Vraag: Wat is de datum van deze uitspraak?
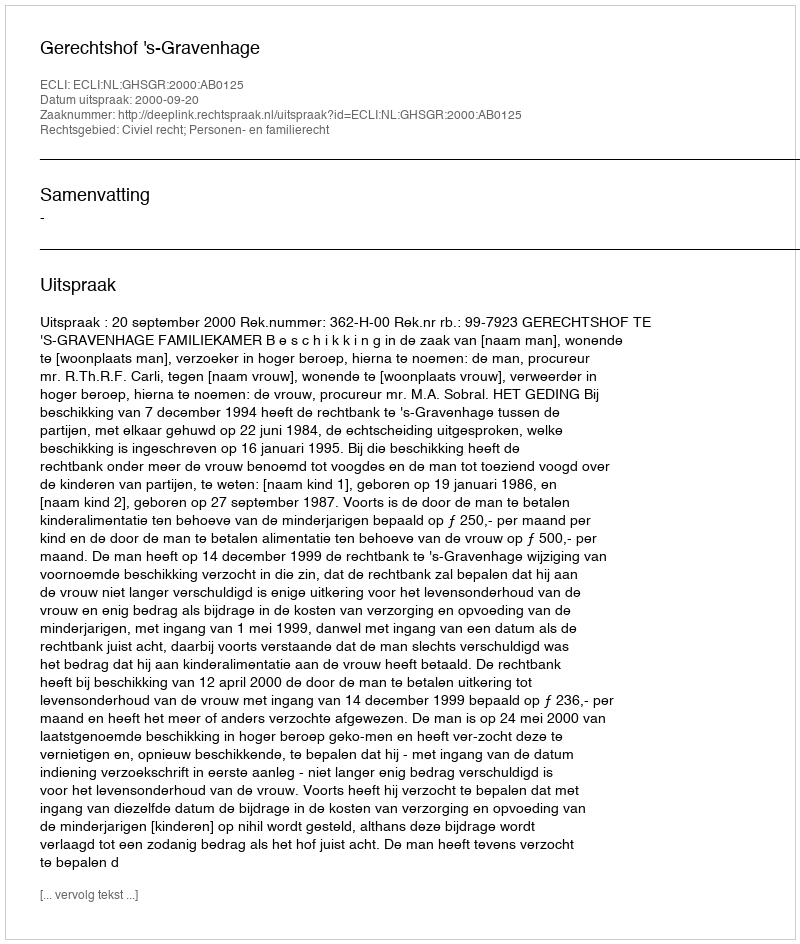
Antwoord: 2000-09-20